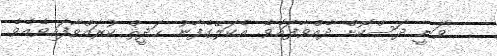
ވަނީ ދަސްކޮށް ދެއްވާފައެވެ. އެކަލޭގެފާނު ޙަދީޘް ކުރައްވާފައިވެއެވެ.